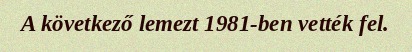
A következő lemezt 1981-ben vették fel.